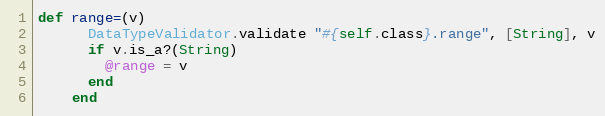
Language: Ruby
def range=(v)
      DataTypeValidator.validate "#{self.class}.range", [String], v
      if v.is_a?(String)
        @range = v
      end
    end